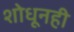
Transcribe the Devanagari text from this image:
शोधूनही